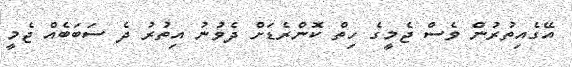
އޭގެއިތުރުން ވެސް ޖެމީގެ ހިތް ކޮންރެޑަށް ދެވުނު އިތުރު ދެ ސަބަބެއް ޖެމީ